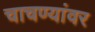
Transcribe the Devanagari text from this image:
चाचण्यांवर